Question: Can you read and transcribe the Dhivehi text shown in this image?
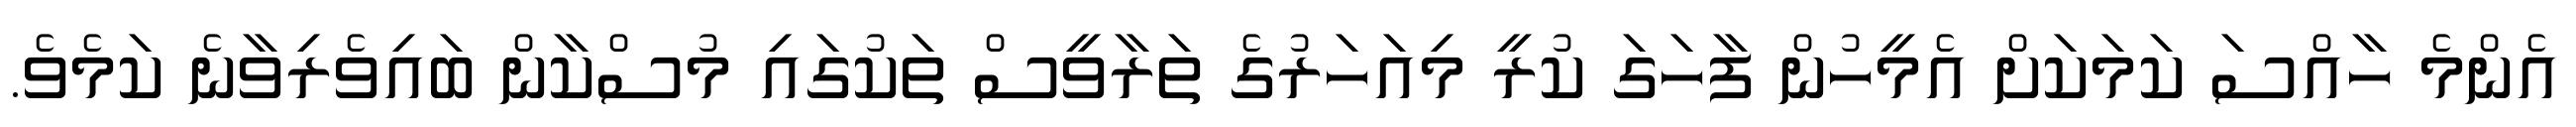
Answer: އެންމެ ހާއްސަ ކަމަކަށް އެމީހުން ފާހަގަ ކުރީ މިއަހަރުގެ ތަރާވީސް ތަކުގައި މުސްކާން ބައިވެރިވާނެ ކަމެވެ.